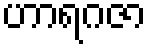
ဟာရဂဇာ